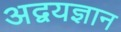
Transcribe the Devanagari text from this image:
अद्वयज्ञान